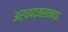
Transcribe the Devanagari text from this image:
अर्धपद्मासनबद्ध